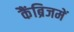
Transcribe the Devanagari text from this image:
कैंब्रिजमें